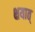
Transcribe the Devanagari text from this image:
क्षयात्